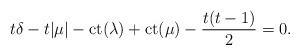
LaTeX: \begin{align*}t\delta - t|\mu| -\mathrm{ct}(\lambda)+\mathrm{ct}(\mu) -\frac{t(t-1)}{2} = 0.\end{align*}